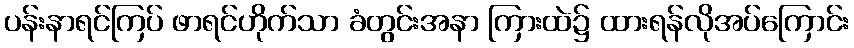
ပန်းနာရင်ကြပ် ဖာရင်ဟိုက်သာ ခံတွင်းအနာ ကြားထဲ၌ ထားရန်လိုအပ်ကြောင်း